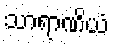
သာရာဏိယံ